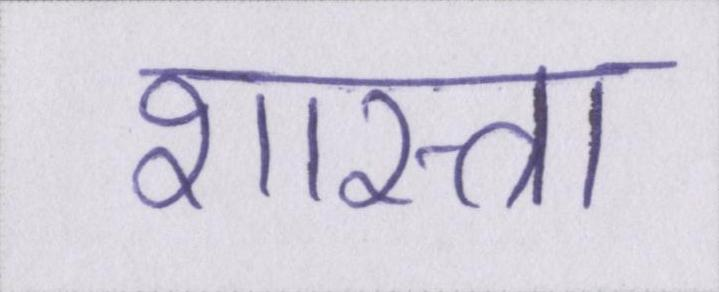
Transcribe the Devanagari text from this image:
शास्त्रा